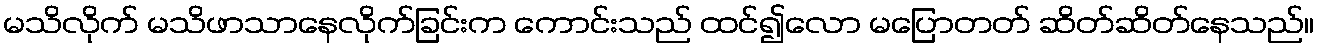
မသိလိုက် မသိဖာသာနေလိုက်ခြင်းက ကောင်းသည် ထင်၍လော မပြောတတ် ဆိတ်ဆိတ်နေသည်။